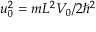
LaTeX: u _ { 0 } ^ { 2 } = m L ^ { 2 } V _ { 0 } / 2 \hbar ^ { 2 }